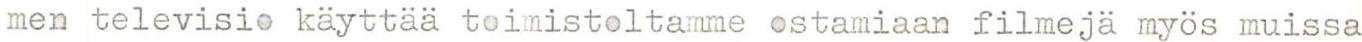
men televisio käyttää toimistoltamme ostamiaan filmejä myös muissa